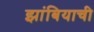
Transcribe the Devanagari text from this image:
झांबियाची